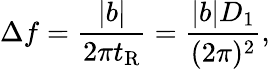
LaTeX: \Delta f=\frac{|b|}{2\pi t_{\mathrm{R}}}=\frac{|b|D_{1}}{(2\pi)^{2}},